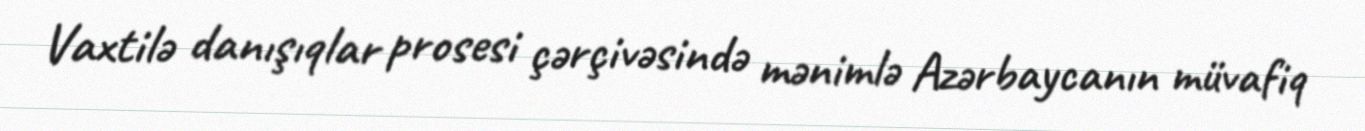
Vaxtilə danışıqlar prosesi çərçivəsində mənimlə Azərbaycanın müvafiq